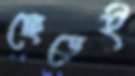
ছেড়েই